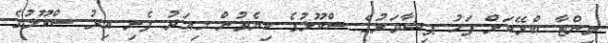
ވިންޓާ ބްރޭކަށް ފަހު ޕިޝާވަރުގެ ސްކޫލުގެ ކިޔެވުން މިއަދު ފެށި އިރު ސްކޫލުގެ